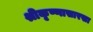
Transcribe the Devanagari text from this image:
श्रीकृष्णासारखा